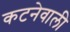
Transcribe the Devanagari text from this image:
कटनेवाली